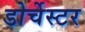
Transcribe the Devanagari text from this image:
डोर्चेस्टर